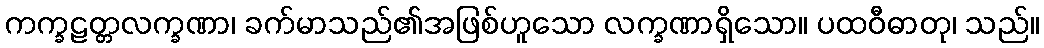
ကက္ခဠတ္တလက္ခဏာ၊ ခက်မာသည်၏အဖြစ်ဟူသော လက္ခဏာရှိသော။ ပထဝီဓာတု၊ သည်။